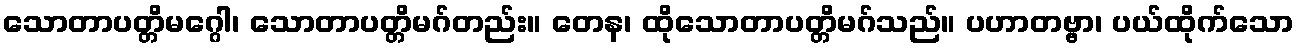
သောတာပတ္တိမဂ္ဂေါ၊ သောတာပတ္တိမဂ်တည်း။ တေန၊ ထိုသောတာပတ္တိမဂ်သည်။ ပဟာတဗ္ဗာ၊ ပယ်ထိုက်သော